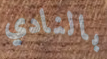
بالنادي